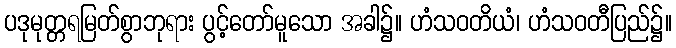
ပဒုမုတ္တရမြတ်စွာဘုရား ပွင့်တော်မူသော အခါ၌။ ဟံသဝတိယံ၊ ဟံသဝတီပြည်၌။